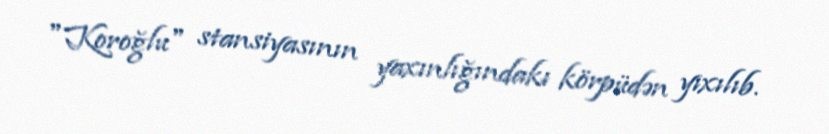
"Koroğlu" stansiyasının yaxınlığındakı körpüdən yıxılıb.